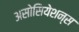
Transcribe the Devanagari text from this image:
असोसियेशन्स